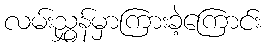
လမ်းညွှန်မှာကြားခဲ့ကြောင်း